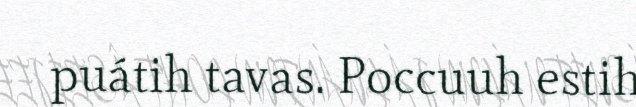
puátih tavas. Poccuuh estih